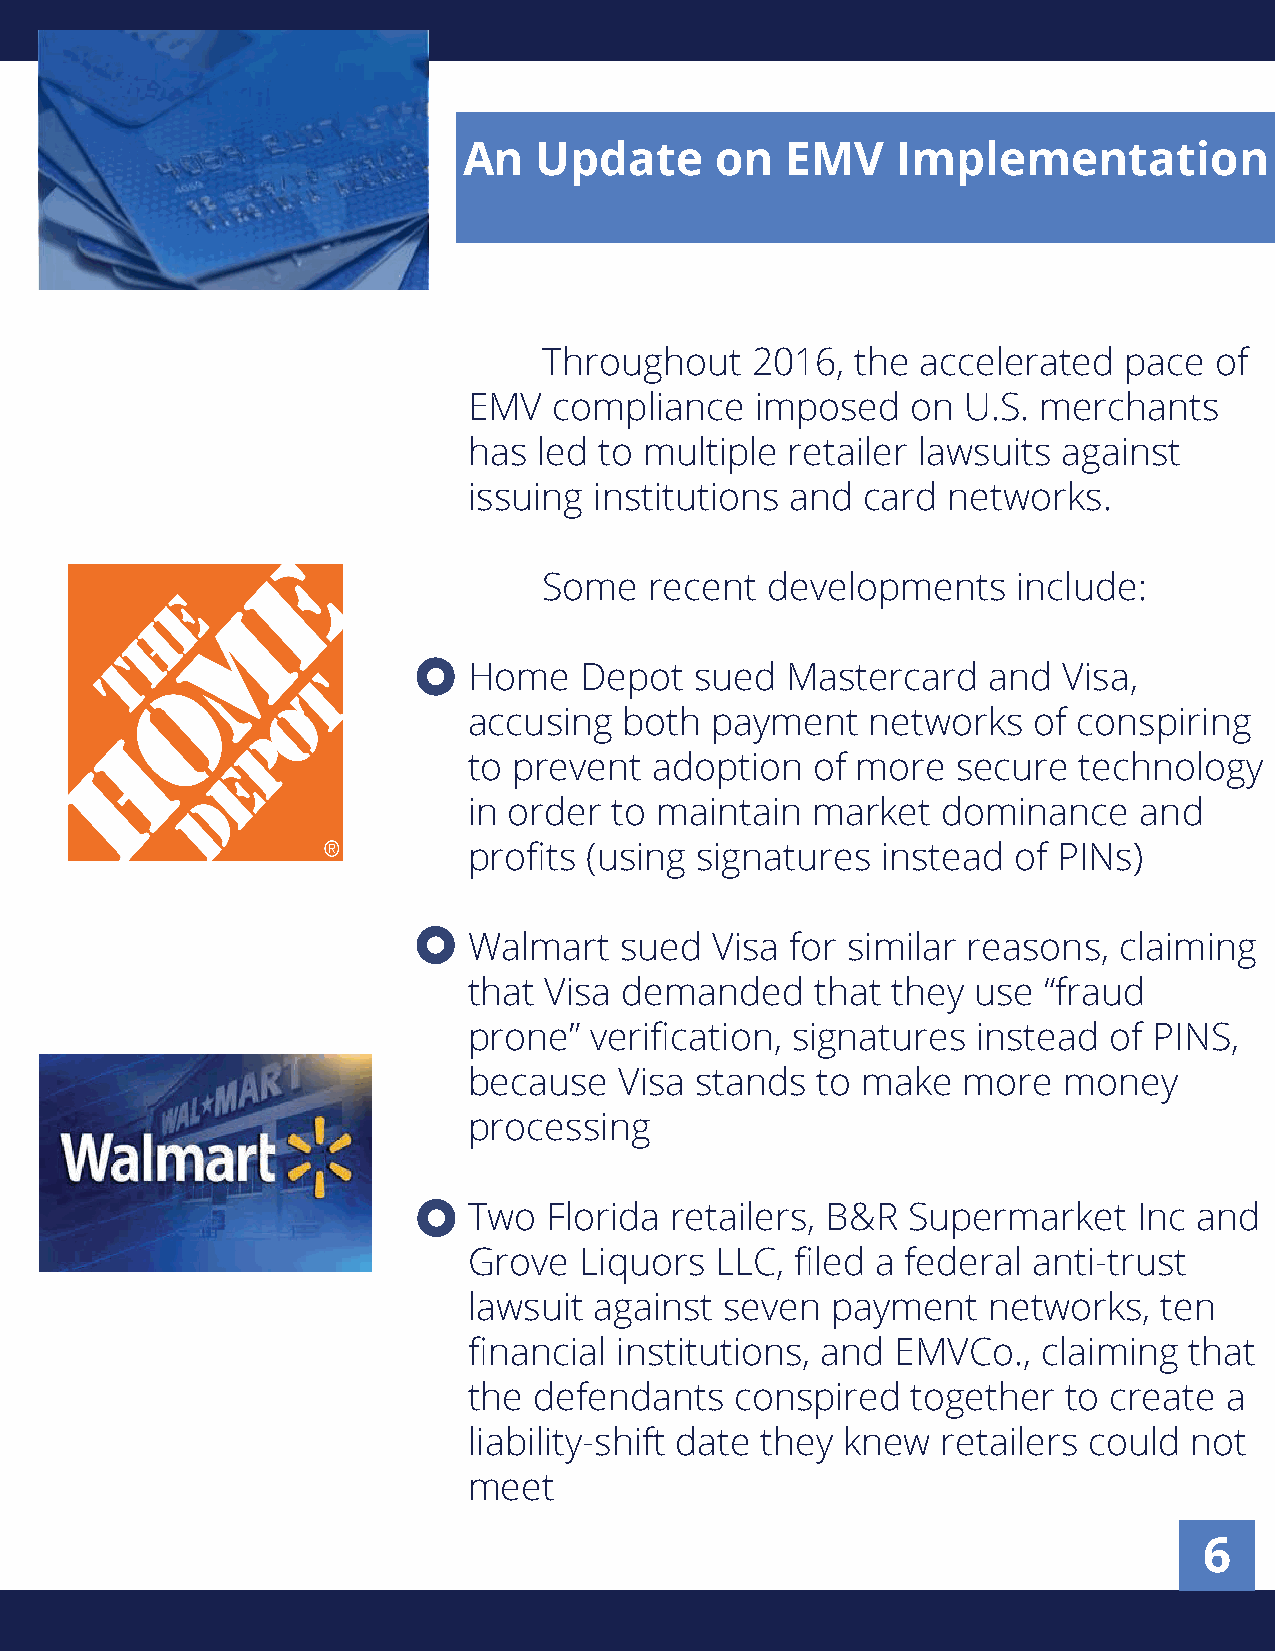
An   Update     on   EMV    Implementation
 Throughout    2016,  the accelerated  pace  of
 EMV   compliance   imposed   on  U.S. merchants
 has  led to multiple retailer lawsuits against
 issuing institutions and  card  networks.
 Some   recent  developments    include:
 Home   Depot   sued  Mastercard   and  Visa,
 accusing  both  payment    networks  of conspiring
 to prevent  adoption   of more  secure  technology
 in order  to maintain  market  dominance    and
 profits (using signatures  instead  of PINs)
 Walmart   sued  Visa for similar reasons,  claiming
 that Visa demanded     that they use  “fraud
 prone”  verification, signatures  instead of PINS,
 because   Visa stands  to make   more  money
 processing
 Two  Florida retailers, B&R  Supermarket    Inc and
 Grove  Liquors  LLC,  filed a federal anti-trust
 lawsuit against  seven  payment   networks,   ten
 financial institutions, and EMVCo.,   claiming  that
 the defendants    conspired  together   to create a
 liability-shift date they knew retailers could  not
 meet
 6